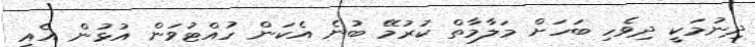
ދިނުމަކީ ދިވެހި ބަހަށް މަލާމާތް ކުރުމޭ ބުނެ އެކަން ހުއްޓުވަން އުޅުން އެއީ